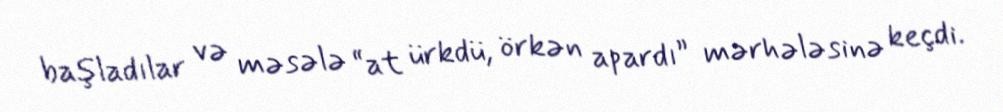
başladılar və məsələ “at ürkdü, örkən apardı” mərhələsinə keçdi.